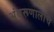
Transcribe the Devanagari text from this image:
अंथरूणालाच